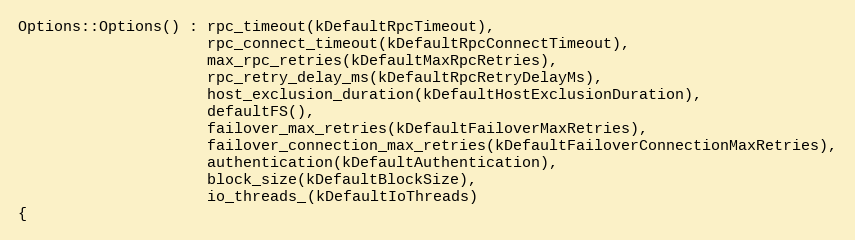
Language: C++
Options::Options() : rpc_timeout(kDefaultRpcTimeout),
                     rpc_connect_timeout(kDefaultRpcConnectTimeout),
                     max_rpc_retries(kDefaultMaxRpcRetries),
                     rpc_retry_delay_ms(kDefaultRpcRetryDelayMs),
                     host_exclusion_duration(kDefaultHostExclusionDuration),
                     defaultFS(),
                     failover_max_retries(kDefaultFailoverMaxRetries),
                     failover_connection_max_retries(kDefaultFailoverConnectionMaxRetries),
                     authentication(kDefaultAuthentication),
                     block_size(kDefaultBlockSize),
                     io_threads_(kDefaultIoThreads)
{